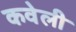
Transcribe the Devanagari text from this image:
कवेली